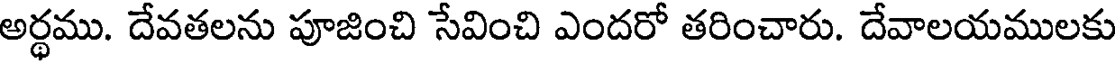
అర్ధము. దేవతలను పూజించి సేవించి ఎందరో తరించారు. దేవాలయములకు